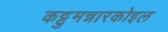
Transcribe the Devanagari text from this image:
कट्टुमन्नारकोइल